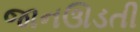
જાનઊડતી